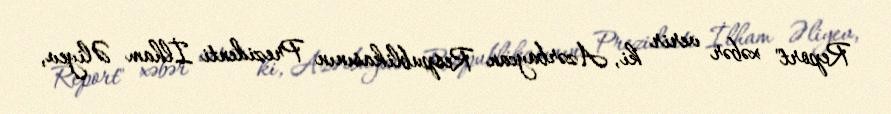
Report" xəbər verir ki, Azərbaycan Respublikasının Prezidenti İlham Əliyev,